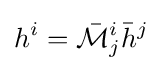
h^{i}={\bar {\mathcal {M}}}_{j}^{i}{\bar {h}}^{j}